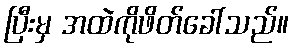
ပြီးမှ အထဲကိုဖိတ်ခေါ်သည်။